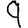
Digit: 9